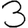
Digit: 3